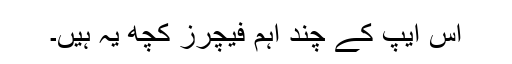
اس ایپ کے چند اہم فیچرز کچھ یہ ہیں۔